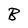
Character: B